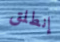
إنطلق